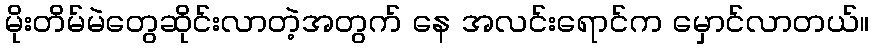
မိုးတိမ်မဲတွေဆိုင်းလာတဲ့အတွက် နေ အလင်းရောင်က မှောင်လာတယ်။